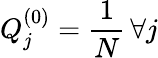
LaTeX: Q_{j}^{(0)}=\frac{1}{N}\thinspace\forall j